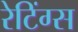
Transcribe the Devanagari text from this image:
रेटिंग्‍स